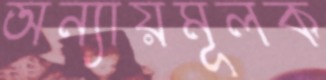
অন্যায়মূলক